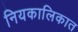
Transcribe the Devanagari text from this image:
नियकालिकात